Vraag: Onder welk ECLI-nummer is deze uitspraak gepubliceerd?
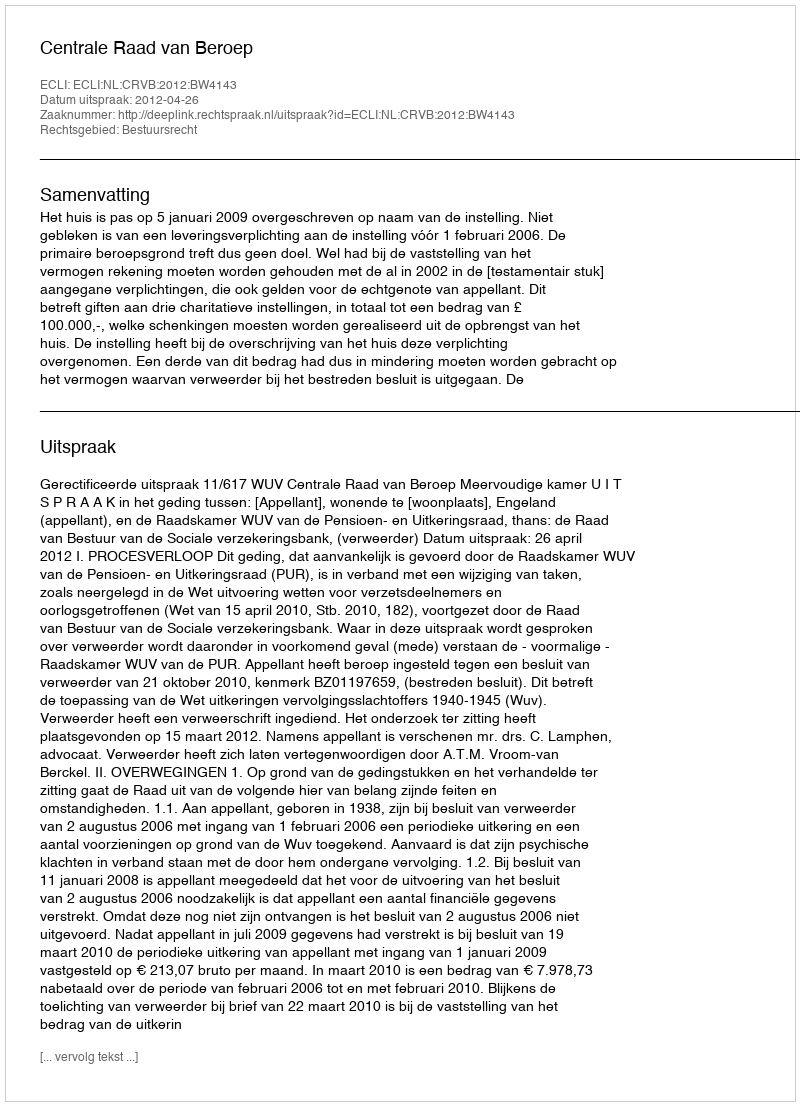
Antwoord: ECLI:NL:CRVB:2012:BW4143